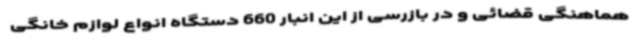
هماهنگی قضائی و در بازرسی از این انبار 660 دستگاه انواع لوازم خانگی